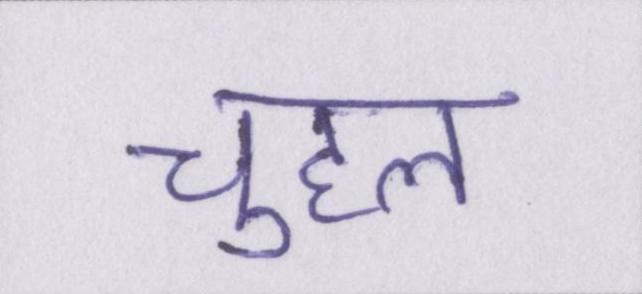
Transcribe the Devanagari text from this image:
चुहल